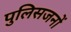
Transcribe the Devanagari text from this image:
पुलिसजनों